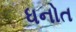
ધનોત